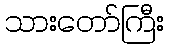
သားတော်ကြီး